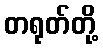
တရုတ်တို့